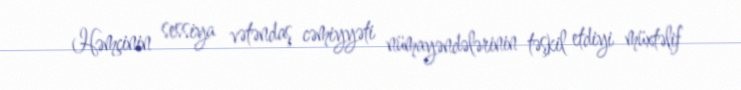
Həmçinin sessiya vətəndaş cəmiyyəti nümayəndələrinin təşkil etdiyi müxtəlif